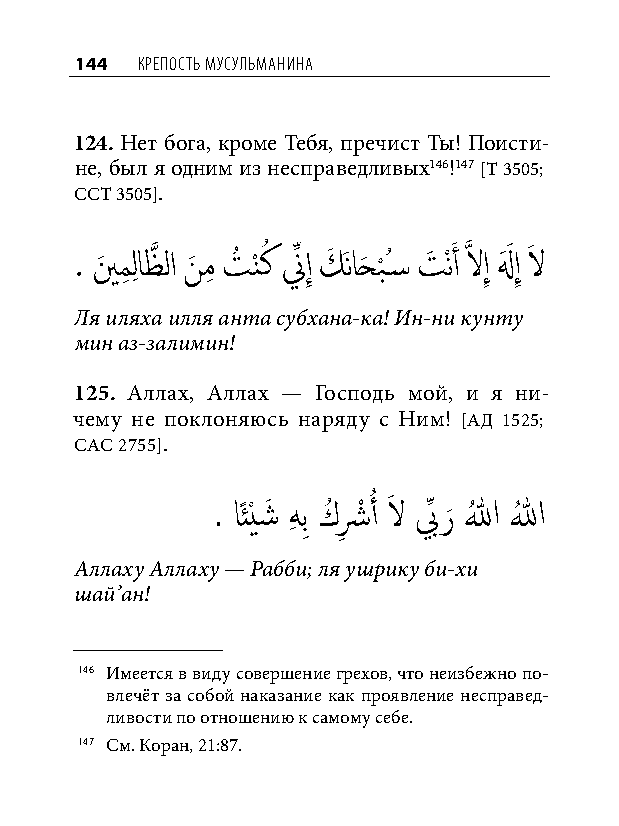
144 КреПость мусульманина
 124. Нет бога, кроме Тебя, пречист Ты! Поисти-
 не, был я одним из несправедливых146!147 [Т 3505;
 ССТ 3505].
 . ينَ مِ لِ اظَّذ لا نَ مِ تُ نْ كُ نِّ إِ كَ َناحَ ب
 ْ
 ُس� تَ ْنَ أ َّذ لاإِ لهَ َ إِ لاَ
 Ля иляха илля анта субхана-ка! Ин-ни кунту
 мин аз-залимин!
 125. Аллах, Аллах — Господь мой, и я ни-
 чему не поклоняюсь наряду с Ним! [АД 1525;
 САС 2755].
 . اًئْيشَ هِ بِ كُ شِ ْ أُ لاَ بِّ ر
 َ
 اللهُ اللهُ
 Аллаху Аллаху — Рабби; ля ушрику би-хи
 шай’ан!
 146 Имеется в виду совершение грехов, что неизбежно по-
 влечёт за собой наказание как проявление несправед-
 ливости по отношению к самому себе.
 147 См. Коран, 21:87.